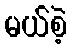
မယ်စဲ့